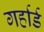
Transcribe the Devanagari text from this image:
गर्हार्ड